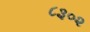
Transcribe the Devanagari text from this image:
८३०२